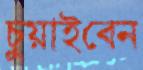
চুয়াইবেন